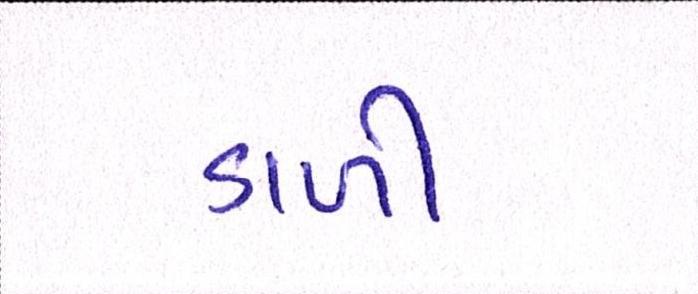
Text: ડાળી